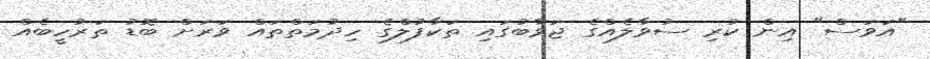
"އަވަސް" އިން ކުރި ސުވާލެއްގެ ޖަވާބުގައި ތަކާފުލްގެ ހިދުމަތްތައް ވަރަށް ބޮޑު ތަރުހީބެއް